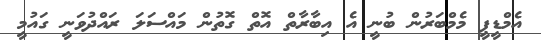
އެމްޑީޕީ މެމްބަރުން ބުނީ އެ އިބާރާތް އޮތް ގޮތުން މައްސަލަ ރައްދުވަނީ ގައުމީ